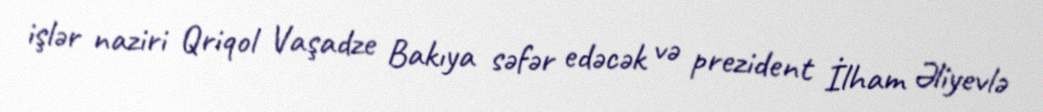
işlər naziri Qriqol Vaşadze Bakıya səfər edəcək və prezident İlham Əliyevlə